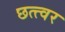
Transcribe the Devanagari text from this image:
छत्त्वर